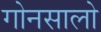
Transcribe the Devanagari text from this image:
गोनसालो